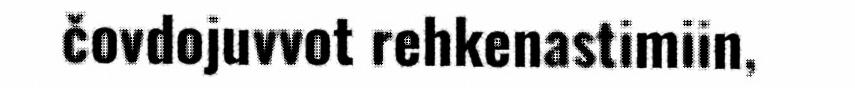
čovdojuvvot rehkenastimiin,